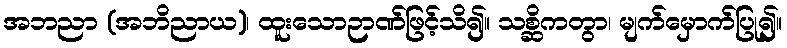
အဘညာ (အဘိညာယ)၊ ထူးသောဉာဏ်ဖြင့်သိ၍။ သစ္ဆိကတွာ၊ မျက်မှောက်ပြု၍။